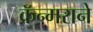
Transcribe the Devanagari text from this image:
क्रॅन्मराने